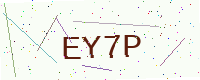
Text: EY7P